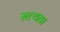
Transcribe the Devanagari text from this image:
सत्‍यता